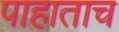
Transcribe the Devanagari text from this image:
पाहाताच